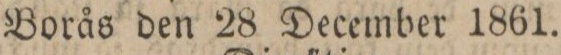
Borås den 28 December 1861.